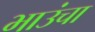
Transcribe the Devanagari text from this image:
भाउंचा